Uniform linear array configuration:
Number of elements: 4
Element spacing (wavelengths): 0.25
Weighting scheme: binomial
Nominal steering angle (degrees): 45
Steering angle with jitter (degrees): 43.657
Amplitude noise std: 0.05
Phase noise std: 0.05

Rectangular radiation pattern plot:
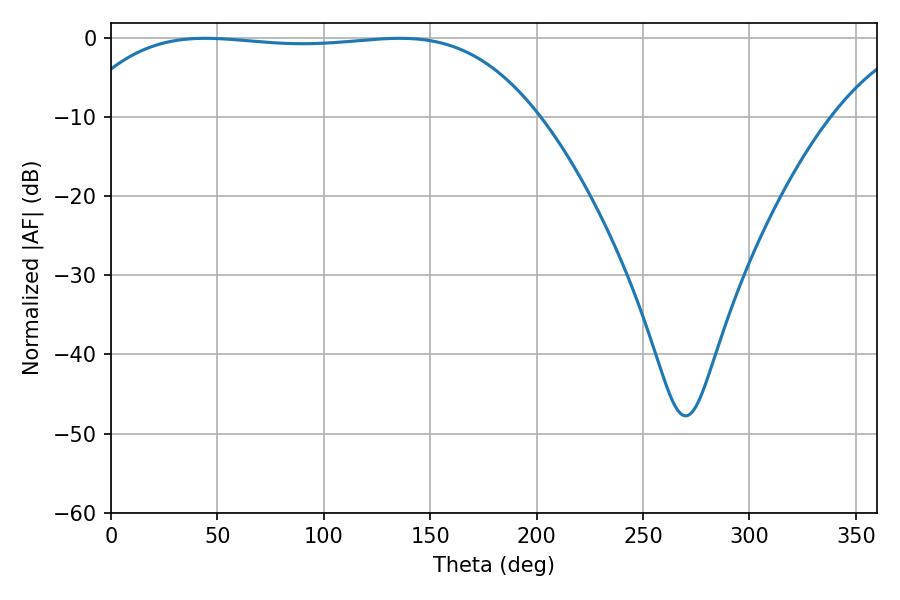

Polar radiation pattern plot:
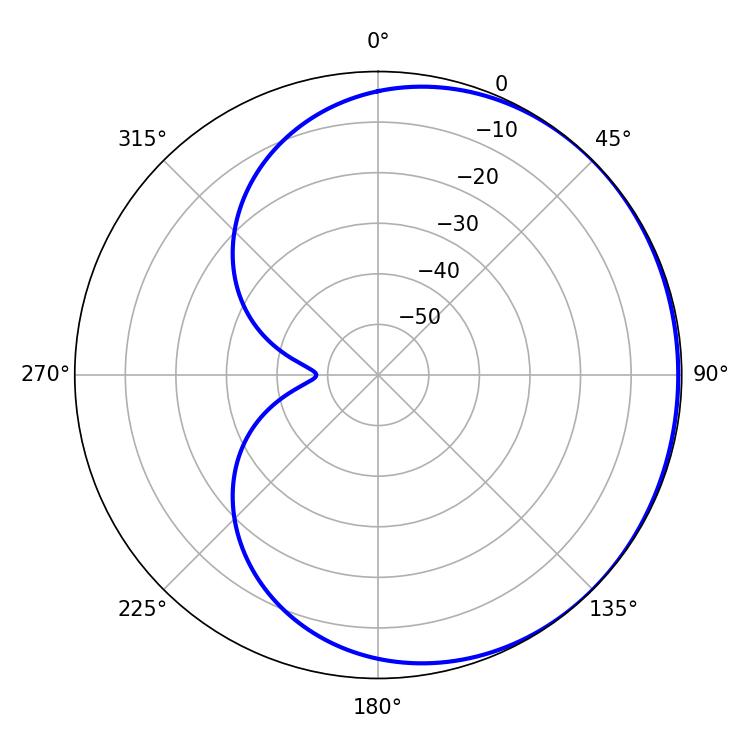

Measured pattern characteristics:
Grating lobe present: FALSE
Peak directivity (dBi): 0.5247
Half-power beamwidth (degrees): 170.64
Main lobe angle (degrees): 44.28